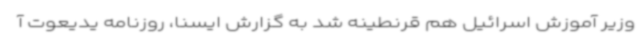
وزیر آموزش اسرائیل هم قرنطینه شد به گزارش ایسنا، روزنامه یدیعوت آ